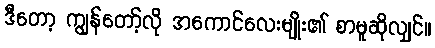
ဒီတော့ ကျွန်တော့်လို အကောင်လေးမျိုး၏ စာမူဆိုလျှင်။